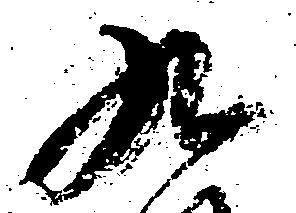
九